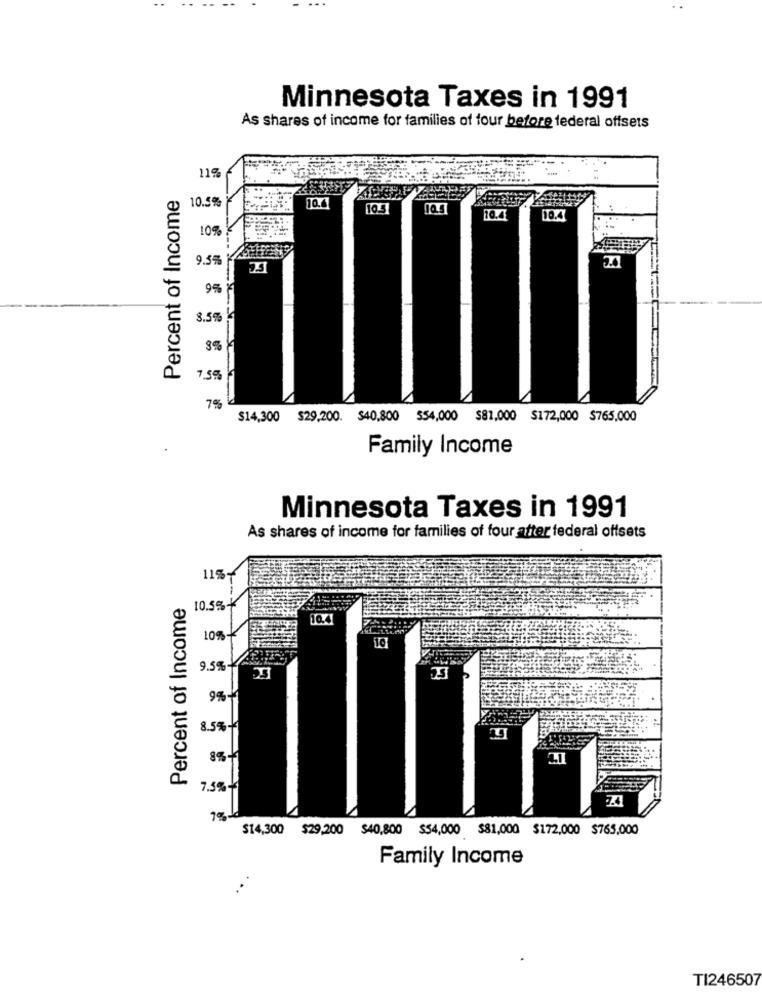
Minnesota Taxes in 1991
As shares of income for families of four before federal offsets
119
17.
Percent of Income
10.4
10.5%
10.5
10.5
10.4
10.4
10%
9.5%
2.0
9%
8.5%
8%
7.5%
7%
$14,300 $29,200. $40,800 554,000 $81,000 $172,000 $765,000
Family Income
Minnesota Taxes in 1991
As shares of income for families of four after federal offsets
11%-
Percent of Income
10.5%
10.4
10%-
9.5%
9%-
8.5% +
7.5%+
7.4
$14,300 $29,200 $40,800 $54,000 $81,000 $172,000 $765,000
Family Income
TI246507